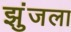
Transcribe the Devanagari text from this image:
झुंजला